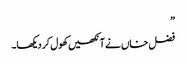
”
فضل خاں نے آنکھیں کھول کر دیکھا۔